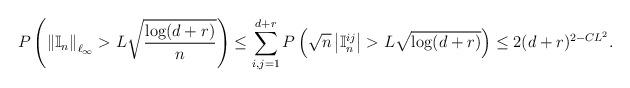
LaTeX: \begin{align*}P\left(\left\|\mathbb{I}_n\right\|_{\ell_\infty}>L\sqrt{\frac{\log (d+r)}{n}}\right)&\leq \sum_{i,j=1}^{d+r}P\left(\sqrt{n}\left|\mathbb{I}_n^{ij}\right|>L\sqrt{\log (d+r)}\right)\leq 2(d+r)^{2-CL^2}.\end{align*}